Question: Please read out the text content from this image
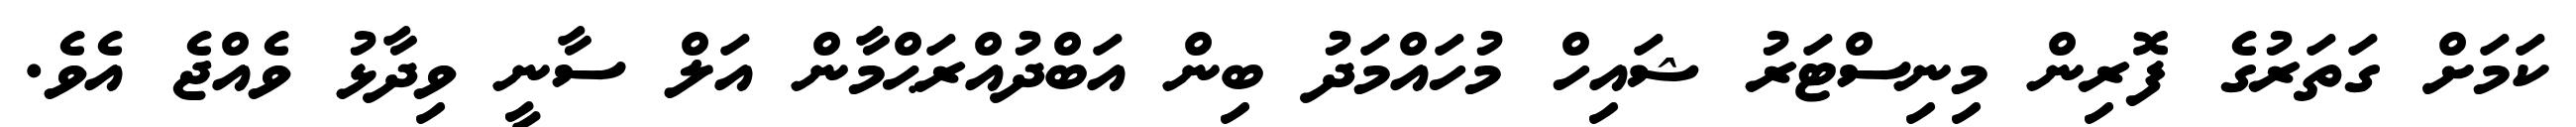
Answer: ކަމަށް ގަތަރުގެ ފޮރިން މިނިސްޓަރު ޝައިހް މުހައްމަދު ބިން އަބްދުއްރަޙްމާން އަލް ސާނީ ވިދާޅު ވެއްޖެ އެވެ.